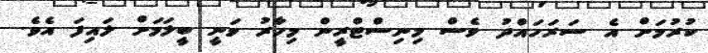
ކުރުމަށް އެ ސަރަހައްދު ވެސް މިނިސްޓްރީން މިހާރު ވަނީ ބީލަމަށް ލައިފަ އެވެ.